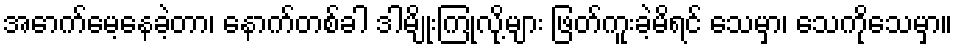
အောက်မေ့နေခဲ့တာ၊ နောက်တစ်ခါ ဒါမျိုးကြုံလို့များ ဖြတ်ကူးခဲ့မိရင် သေမှာ၊ သေကိုသေမှာ။